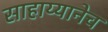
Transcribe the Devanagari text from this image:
साहाय्यानेच